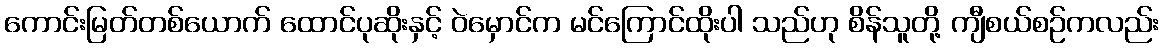
ကောင်းမြတ်တစ်ယောက် ထောင်ပုဆိုးနှင့် ဝဲမှောင်က မင်ကြောင်ထိုးပါ သည်ဟု စိန်သူတို့ ကျီစယ်စဉ်ကလည်း